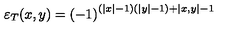
\varepsilon _ { T } ( x , y ) = \left( - 1 \right) ^ { \left( \left| x \right| - 1 \right) \left( \left| y \right| - 1 \right) + \left| x , y \right| - 1 }